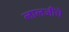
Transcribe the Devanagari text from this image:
लालजींचे